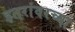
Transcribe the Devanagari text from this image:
इतरांवरच्या